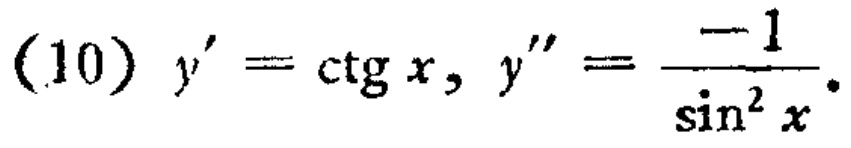
(10) \(y' = \cot x, y'' = \frac{-1}{\sin^{2}x}\).